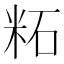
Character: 𫂹